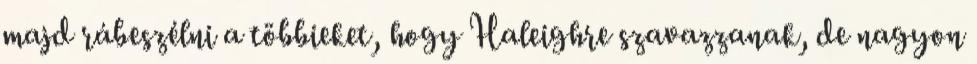
majd rábeszélni a többieket, hogy Haleighre szavazzanak, de nagyon